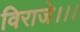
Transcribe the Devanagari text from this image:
विराजे।।।